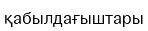
қабылдағыштары